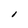
Character: i